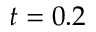
t = 0 . 2